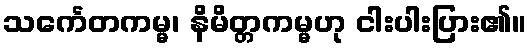
သင်္ကေတကမ္မ၊ နိမိတ္တကမ္မဟု ငါးပါးပြား၏။